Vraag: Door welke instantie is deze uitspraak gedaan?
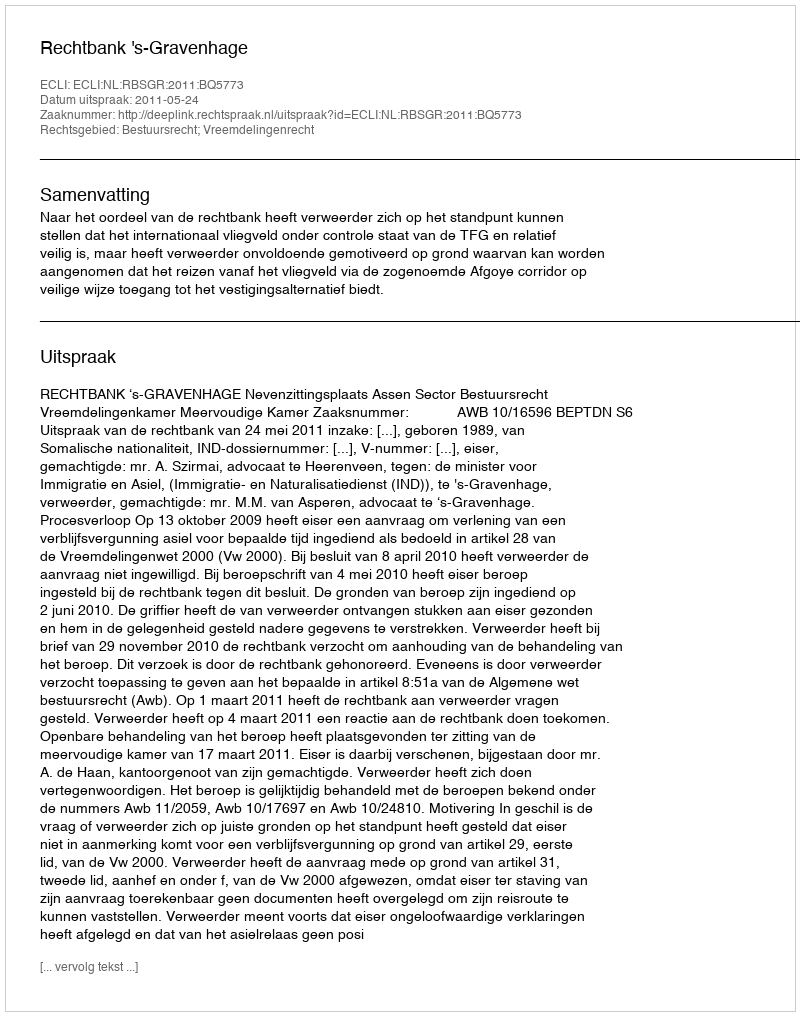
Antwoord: Rechtbank 's-Gravenhage